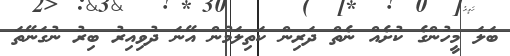
ބަލަ މީހުންގެ ކުށެއް ނެތް ދަރިން ކަތިލަމުން އޭނަ ދުވިއިރު ބިރު ނުގަނޭތަ